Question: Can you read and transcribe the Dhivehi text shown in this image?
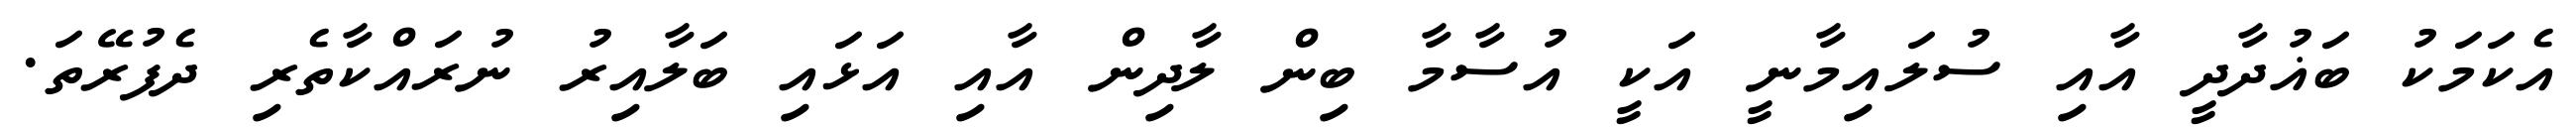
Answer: އެކަމަކު ބަޣުދާދީ އާއި ސުލައިމާނީ އަކީ އުސާމާ ބިން ލާދިން އާއި އަޅައި ބަލާއިރު ނުރައްކާތެރި ދެފުރޭތަ.